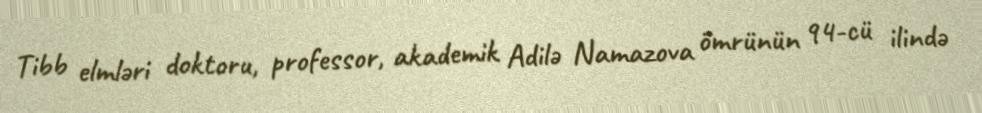
Tibb elmləri doktoru, professor, akademik Adilə Namazova ömrünün 94-cü ilində